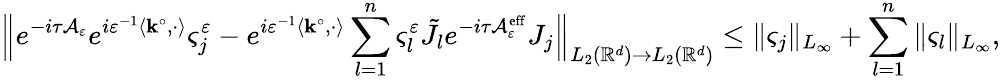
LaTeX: \Bigl\| e^{-i\tau\mathcal{A}_{\varepsilon}}e^{i\varepsilon^{-1}\left\langle\mathbf{k}^{\circ},\cdot\right\rangle}\varsigma_{j}^{\varepsilon}-e^{i\varepsilon^{-1}\left\langle\mathbf{k}^{\circ},\cdot\right\rangle}\sum_{l=1}^{n}\varsigma_{l}^{\varepsilon}\tilde{J}_{l}e^{-i\tau\mathcal{A}_{\varepsilon}^{\mathrm{eff}}}J_{j}\Bigr\| _{L_{2}(\mathbb{R}^{d})\to L_{2}(\mathbb{R}^{d})}\le\| \varsigma_{j}\| _{L_{\infty}}+\sum_{l=1}^{n}\| \varsigma_{l}\| _{L_{\infty}},